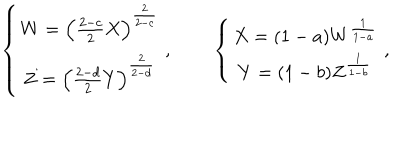
\left\{ \begin{matrix} { { W = \left( { \frac { 2 - c } { 2 } } X \right) ^ { \frac { 2 } { 2 - c } } } } \\ { { Z = \left( { \frac { 2 - d } { 2 } } Y \right) ^ { \frac { 2 } { 2 - d } } } } \\ \end{matrix} \right. , \left\{ \begin{matrix} { { X = ( 1 - a ) W ^ { \frac { 1 } { 1 - a } } } } \\ { { Y = ( 1 - b ) Z ^ { \frac { 1 } { 1 - b } } } } \\ \end{matrix} \right. ,